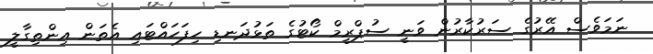
ނަމަވެސް އޭރުގެ ސަރުކާރުން ވަނީ ސުޕްރީމް ކޯޓުގެ ތަޅުދަނޑި ހިފަހައްޓައި އެތަން އިންތިގާލީ